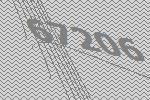
67206